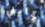
كايلي